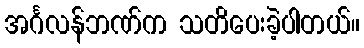
အင်္ဂလန်ဘဏ်က သတိပေးခဲ့ပါတယ်။